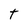
Character: T